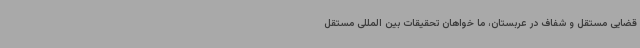
قضایی مستقل و شفاف در عربستان، ما خواهان تحقیقات بین المللی مستقل